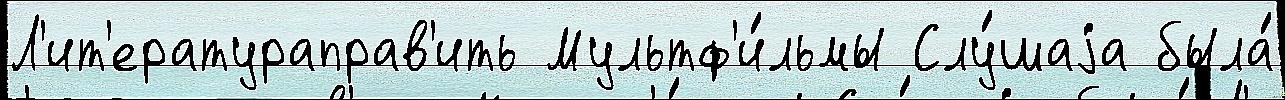
Л'ит'ератураправ'ить Мультф'и́льмы Слу́шаjа была́